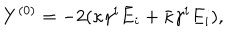
LaTeX: Y ^ { ( 0 ) } = - 2 ( \kappa \gamma ^ { i } \bar { E } _ { i } + \bar { \kappa } \gamma ^ { i } E _ { i } ) ,